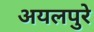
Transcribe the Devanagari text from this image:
अयलपुरे